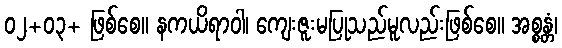
၀၂+၀၃+ ဖြစ်စေ။ နကယိရာဝါ၊ ကျေးဇူးမပြုသည်မူလည်းဖြစ်စေ။ အစ္စန္တံ၊